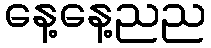
နေ့နေ့ညည